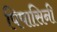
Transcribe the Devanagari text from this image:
पिपासिनी